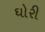
ઘોરી